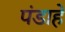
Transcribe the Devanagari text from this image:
पंडाहे